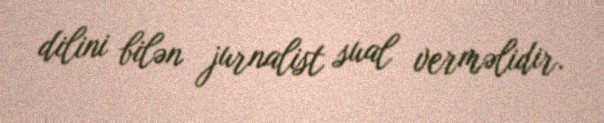
dilini bilən jurnalist sual verməlidir.